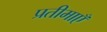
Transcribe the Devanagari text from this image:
प्रतीमाएँ